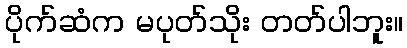
ပိုက်ဆံက မပုတ်သိုး တတ်ပါဘူး။